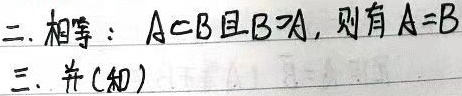
二. 相等：若\(A\subseteq B\)且\(B\supseteq A\)，则有\(A = B\)。
三. 并(和)